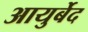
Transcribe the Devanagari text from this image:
आयुर्बेद